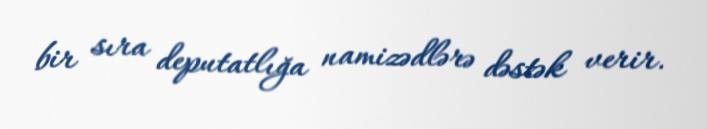
bir sıra deputatlığa namizədlərə dəstək verir.